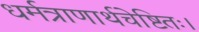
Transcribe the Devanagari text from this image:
धर्मत्राणार्थचेष्टितः।